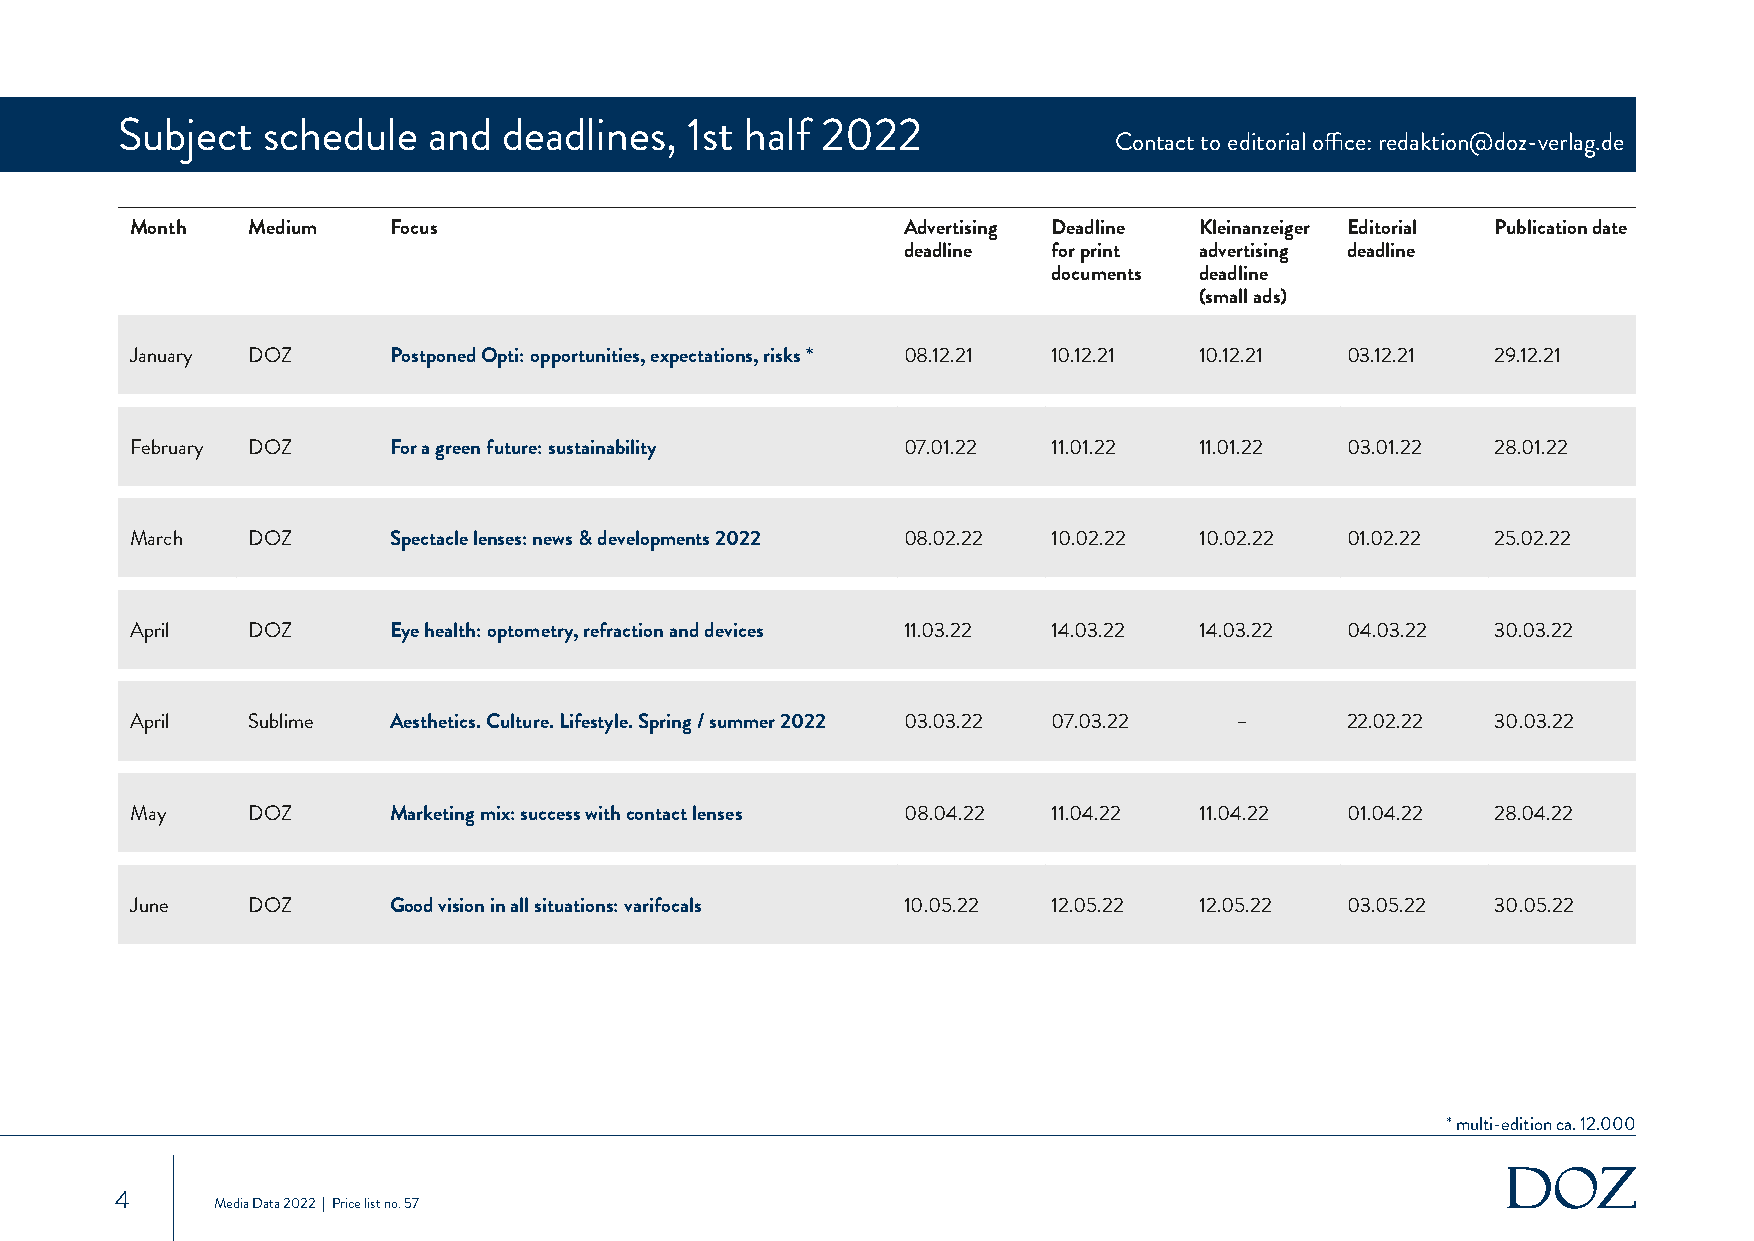
Subject  schedule   and  deadlines,   1st half 2022
 Contact to editorial office: redaktion@doz-verlag.de
 Month  Medium    Focus                             Advertising Deadline Kleinanzeiger Editorial Publication date
 deadline  for print advertising deadline
 documents deadline
 (small ads)
 January DOZ      Postponed Opti: opportunities, expectations, risks * 08.12.21 10.12.21 10.12.21 03.12.21 29.12.21
 February DOZ     For a green future: sustainability 07.01.22 11.01.22 11.01.22  03.01.22  28.01.22
 March  DOZ       Spectacle lenses: news & developments 2022 08.02.22 10.02.22 10.02.22 01.02.22 25.02.22
 April  DOZ       Eye health: optometry, refraction and devices 11.03.22 14.03.22 14.03.22 04.03.22 30.03.22
 April  Sublime   Aesthetics. Culture. Lifestyle. Spring / summer 2022 03.03.22 07.03.22 – 22.02.22 30.03.22
 May    DOZ       Marketing mix: success with contact lenses 08.04.22 11.04.22 11.04.22 01.04.22 28.04.22
 June   DOZ       Good vision in all situations: varifocals 10.05.22 12.05.22 12.05.22 03.05.22 30.05.22
 * multi-edition ca. 12.000
 4
 Media Data 2022 | Price list no. 57